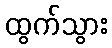
ထွက်သွား